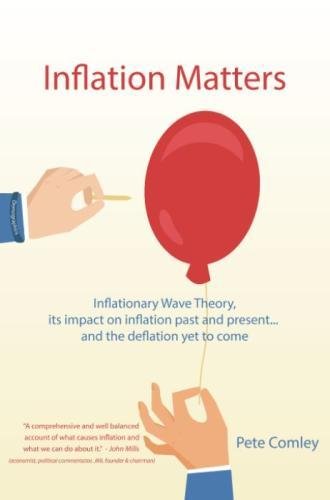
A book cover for Inflation Matters: Inflationary Wave Theory, its impact on inflation past and present ... and the deflation yet to come; Pete Comley; Business & Money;